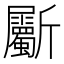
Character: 斸